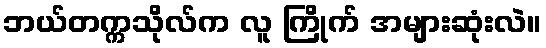
ဘယ်တက္ကသိုလ်က လူ ကြိုက် အများဆုံးလဲ။